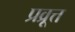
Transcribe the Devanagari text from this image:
प्रव्रूत्त